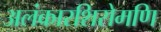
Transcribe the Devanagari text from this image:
अलंकारशिरोमणि